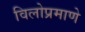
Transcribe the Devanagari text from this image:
विलोप्रमाणे